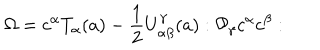
\Omega = c ^ { \alpha } T _ { \alpha } ( a ) - { \frac { 1 } { 2 } } U _ { \alpha \beta } ^ { \gamma } ( a ) : { \cal P _ { \gamma } } c ^ { \alpha } c ^ { \beta } :